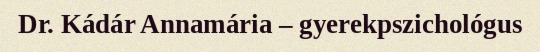
Dr. Kádár Annamária – gyerekpszichológus